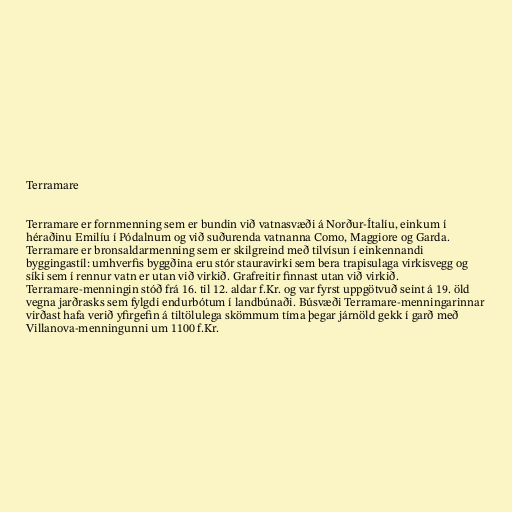
Terramare

Terramare er fornmenning sem er bundin við vatnasvæði á Norður-Ítalíu, einkum í
héraðinu Emilíu í Pódalnum og við suðurenda vatnanna Como, Maggiore og Garda.
Terramare er bronsaldarmenning sem er skilgreind með tilvísun í einkennandi
byggingastíl: umhverfis byggðina eru stór stauravirki sem bera trapisulaga virkisvegg og
síki sem í rennur vatn er utan við virkið. Grafreitir finnast utan við virkið.
Terramare-menningin stóð frá 16. til 12. aldar f.Kr. og var fyrst uppgötvuð seint á 19. öld
vegna jarðrasks sem fylgdi endurbótum í landbúnaði. Búsvæði Terramare-menningarinnar
virðast hafa verið yfirgefin á tiltölulega skömmum tíma þegar járnöld gekk í garð með
Villanova-menningunni um 1100 f.Kr.